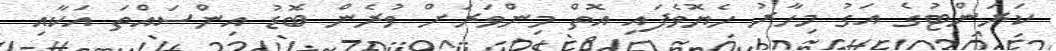
ކަރަންޓުގެ އަގު މިހާރު ހެޔޮވެފައި އޮތް މިންވަރަށް ވުރެން ބޮޑު އިންސައްތަ އަކާއި